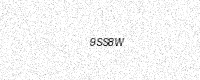
Text: 9SS8W